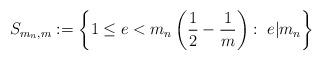
LaTeX: \begin{align*} S_{m_n,m}:=\left\{1\leq e< m_n\left(\frac{1}{2}-\frac{1}{m}\right): \;e|m_n \right\} \end{align*}